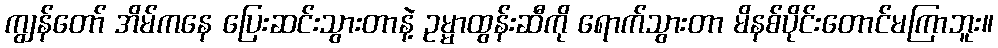
ကျွန်တော် အိမ်ကနေ ပြေးဆင်းသွားတာနဲ့ ဥမ္မာထွန်းဆီကို ရောက်သွားတာ မိနစ်ပိုင်းတောင်မကြာဘူး။